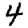
Digit: 4